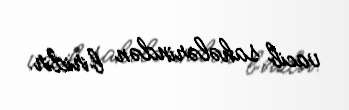
vacib sahələrindən biridir.